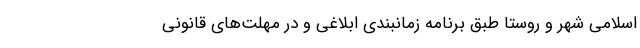
اسلامی شهر و روستا طبق برنامه زمانبندی ابلاغی و در مهلت‌های قانونی